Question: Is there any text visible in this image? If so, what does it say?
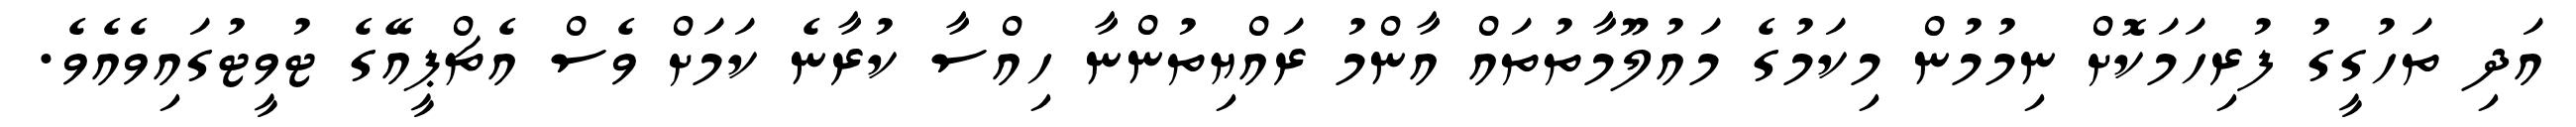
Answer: އަދި ތަހުގީގު ފުރިހަމަކޮށް ނިމުމުން މިކަމުގެ މައުލޫމާތުތައް އާންމު ރައްޔިތުންނާ ހިއްސާ ކުރާނެ ކަމަށް ވެސް އެޗްޕީއޭގެ ޓުވީޓުގައިވެއެވެ.